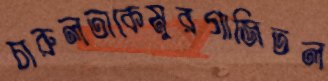
চারুলতাকেমুরগাজিতল